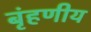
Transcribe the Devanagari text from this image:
बृंहणीय